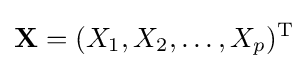
\mathbf {X} =(X_{1},X_{2},\ldots ,X_{p})^{\rm {T}}